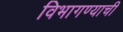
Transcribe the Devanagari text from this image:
विभागण्याची